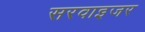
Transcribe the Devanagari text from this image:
सरवाइजर